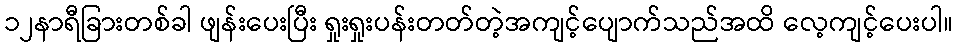
၁၂နာရီခြားတစ်ခါ ဖျန်းပေးပြီး ရှုးရှုးပန်းတတ်တဲ့အကျင့်ပျောက်သည်အထိ လေ့ကျင့်ပေးပါ။